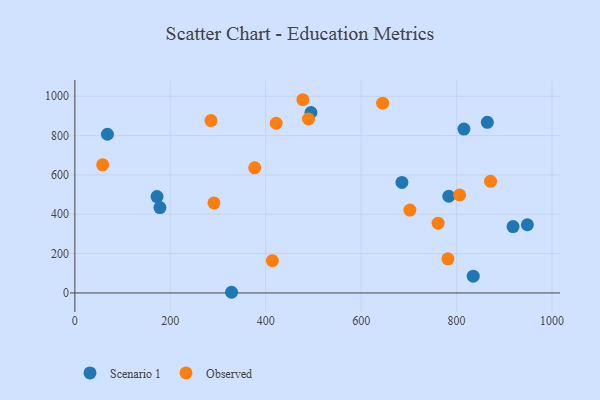
{"axis": {"x": "Investment", "y": "Yield"}, "legend": ["Observed", "Scenario 1"], "data": [{"x": "864.5", "y": 867.4, "type": "Scenario 1"}, {"x": "172.2", "y": 489.8, "type": "Scenario 1"}, {"x": "178.3", "y": 434.2, "type": "Scenario 1"}, {"x": "685.5", "y": 562.1, "type": "Scenario 1"}, {"x": "494.8", "y": 917.4, "type": "Scenario 1"}, {"x": "948.4", "y": 346.7, "type": "Scenario 1"}, {"x": "783.7", "y": 491.7, "type": "Scenario 1"}, {"x": "918.4", "y": 337.5, "type": "Scenario 1"}, {"x": "815.4", "y": 833.2, "type": "Scenario 1"}, {"x": "834.9", "y": 85.3, "type": "Scenario 1"}, {"x": "68.3", "y": 806.9, "type": "Scenario 1"}, {"x": "328.4", "y": 3.4, "type": "Scenario 1"}, {"x": "376.9", "y": 636.0, "type": "Observed"}, {"x": "645.1", "y": 964.9, "type": "Observed"}, {"x": "421.9", "y": 862.9, "type": "Observed"}, {"x": "414.0", "y": 164.3, "type": "Observed"}, {"x": "871.2", "y": 567.7, "type": "Observed"}, {"x": "806.4", "y": 498.3, "type": "Observed"}, {"x": "58.2", "y": 651.6, "type": "Observed"}, {"x": "761.3", "y": 354.8, "type": "Observed"}, {"x": "781.8", "y": 173.3, "type": "Observed"}, {"x": "702.2", "y": 421.1, "type": "Observed"}, {"x": "489.6", "y": 884.4, "type": "Observed"}, {"x": "477.9", "y": 982.4, "type": "Observed"}, {"x": "285.3", "y": 876.5, "type": "Observed"}, {"x": "291.5", "y": 457.6, "type": "Observed"}]}